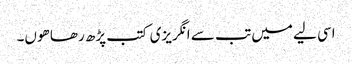
اسی لیے میں تب سے انگریزی کتب پڑھ رھا ھوں۔